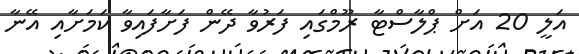
އަލީ 20 އަށް ޕްލާސްޓާ ރޫމްގައި ފަރުވާ ދޭން ފަށާފައިވާ ކަމަށާއި އޭނާ